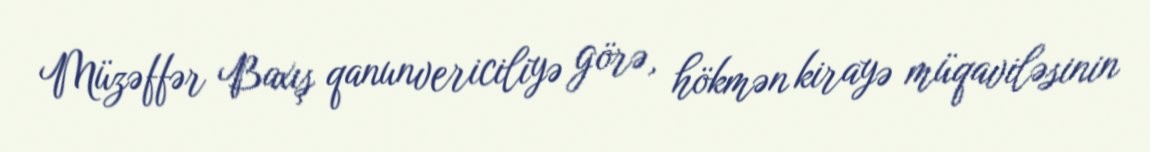
Müzəffər Baxış qanunvericiliyə görə, hökmən kirayə müqaviləsinin